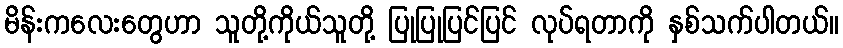
မိန်းကလေးတွေဟာ သူတို့ကိုယ်သူတို့ ပြုပြုပြင်ပြင် လုပ်ရတာကို နှစ်သက်ပါတယ်။